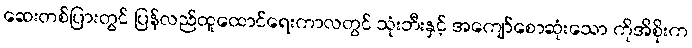
ဆေးတစ်ပြားတွင် ပြန်လည်ထူထောင်ရေးကာလတွင် သုံးဘီးနှင့် အကျော်စောဆုံးသော ကိုအိစိုးက